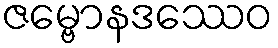
ဇမ္ဗောနဒဿေဝ